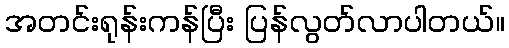
အတင်းရုန်းကန်ပြီး ပြန်လွတ်လာပါတယ်။